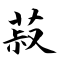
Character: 菽